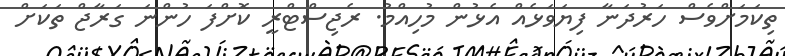
ތިކަމަށްވެސް ހަރުދަނާ ފިޔަވަޅެއް އެޅުން މުހިއްމު. ރެޖިސްޓްރީ ކޮށްފަ ހުންނަ ގަރާޖް ތަކަށް